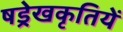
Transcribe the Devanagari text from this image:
षड्रेखकृतियें